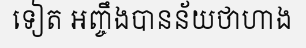
ទៀត អញ្ចឹងបានន័យថាហាង